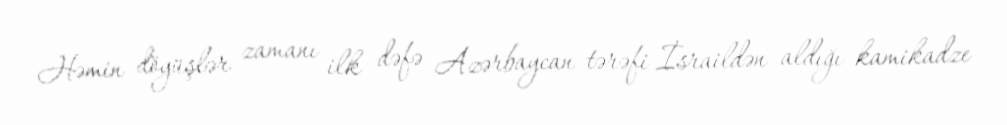
Həmin döyüşlər zamanı ilk dəfə Azərbaycan tərəfi İsraildən aldığı kamikadze